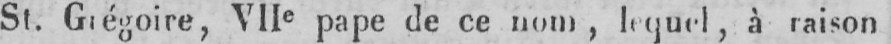
St. Grégoire, VIIe pape de ce nom, lequel, à raison